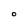
Character: o